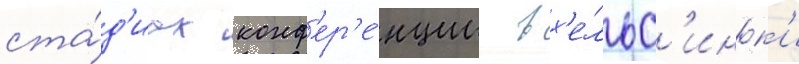
ста́д'иах конф'ер'е́нции в х'е́льс'инк'и